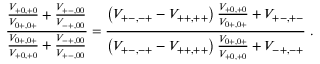
\frac { \frac { V _ { + 0 , + 0 } } { V _ { 0 + , 0 + } } + \frac { V _ { + - , 0 0 } } { V _ { - + , 0 0 } } } { \frac { V _ { 0 + , 0 + } } { V _ { + 0 , + 0 } } + \frac { V _ { - + , 0 0 } } { V _ { + - , 0 0 } } } = \frac { \left( V _ { + - , - + } - V _ { + + , + + } \right) \frac { V _ { + 0 , + 0 } } { V _ { 0 + , 0 + } } + V _ { + - , + - } } { \left( V _ { + - , - + } - V _ { + + , + + } \right) \frac { V _ { 0 + , 0 + } } { V _ { + 0 , + 0 } } + V _ { - + , - + } } \; .